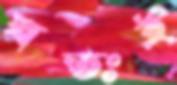
স্বতঃই